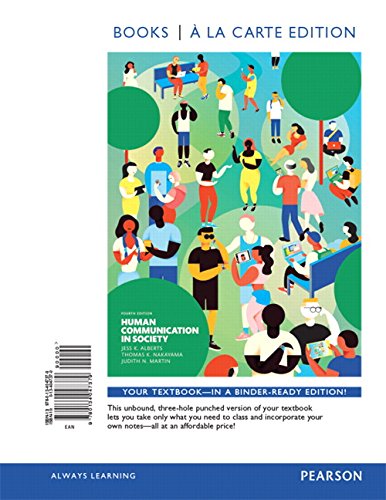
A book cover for Human Communication in Society, Books a la Carte Edition Plus REVEL -- Access Card Package (4th Edition); Jess K. Alberts; Humor & Entertainment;